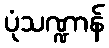
ပုံသဏ္ဍာန်